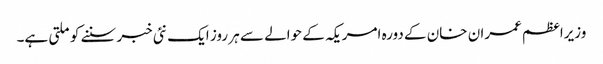
وزیراعظم عمران خان کے دورہ امریکہ کے حوالے سے ہر روز ایک نئی خبر سننے کو ملتی ہے۔